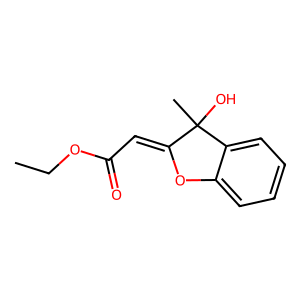
SMILES: CCOC(=O)C=C1Oc2ccccc2C1(C)O
Inhibits HIV replication: No